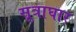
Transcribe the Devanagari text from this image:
सूत्राघार